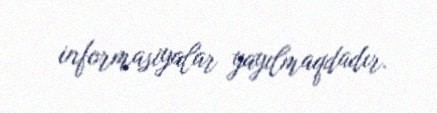
informasiyalar yayılmaqdadır.